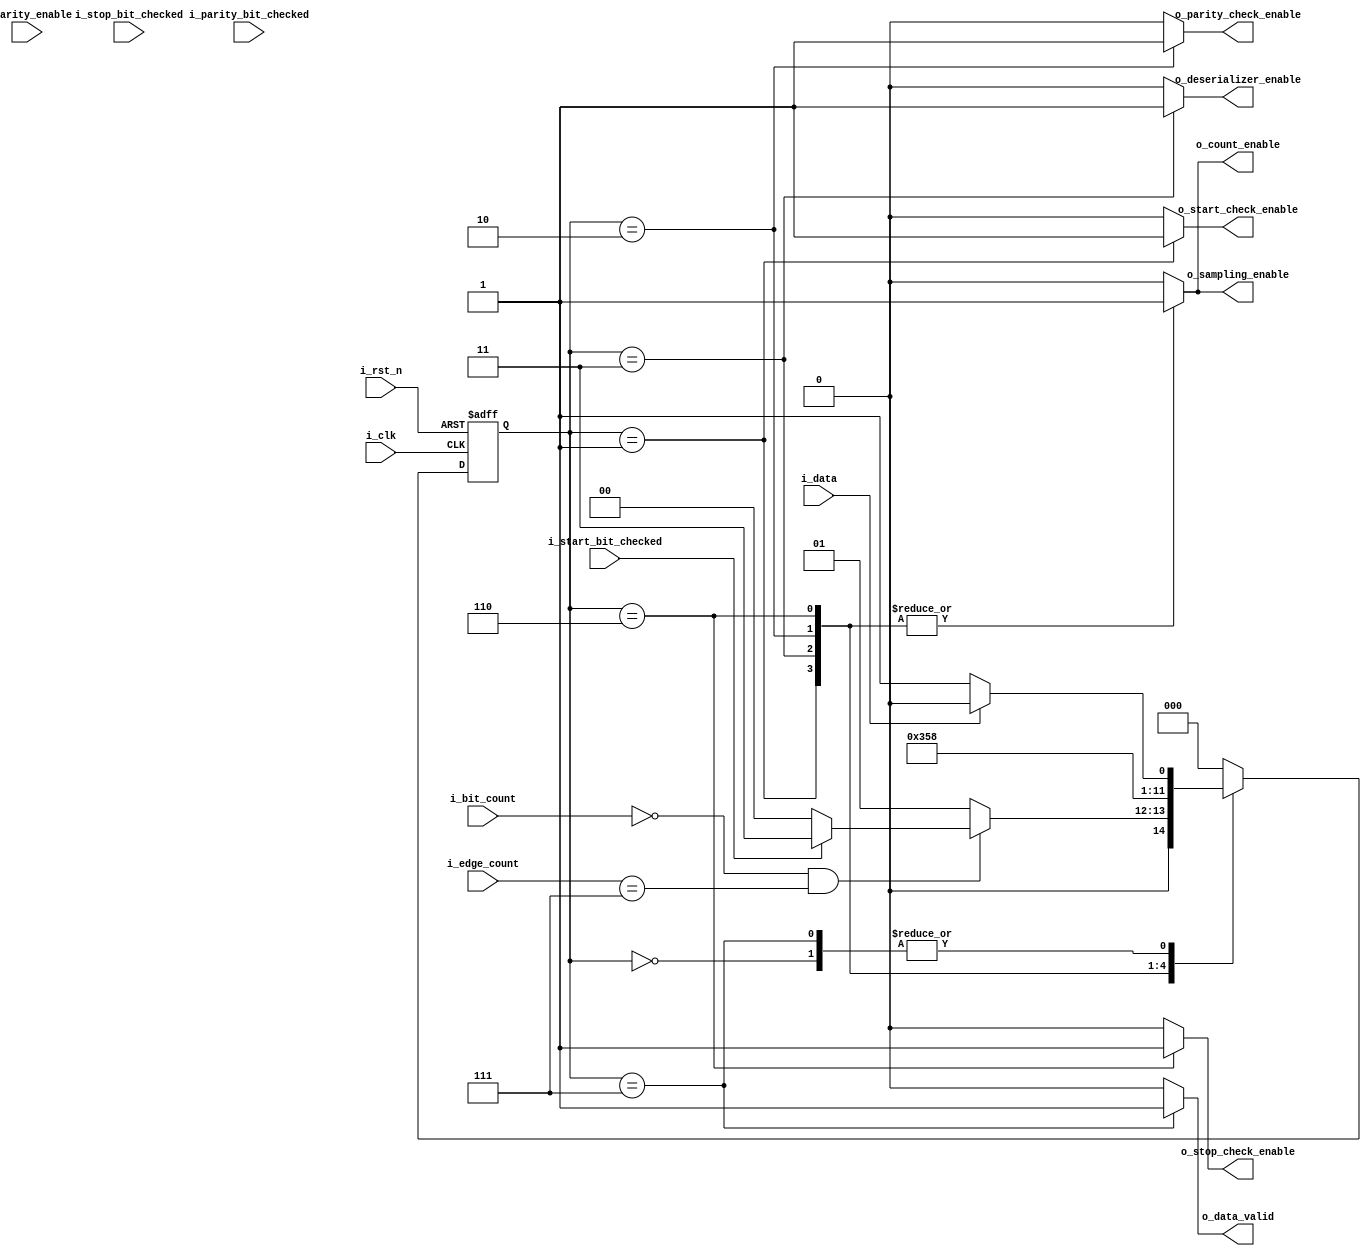
module RX_ControlUnit 
#(parameter PRESCALE =8,
            BYTE_WIDTH=8) 
    
    (
    output  reg                                 o_count_enable,
    output  reg                                 o_deserializer_enable,
    output  reg                                 o_sampling_enable,
    output  reg                                 o_start_check_enable,
    output  reg                                 o_parity_check_enable,
    output  reg                                 o_stop_check_enable,
    output  reg                                 o_data_valid,
    input   wire                                i_start_bit_checked,
    input   wire                                i_stop_bit_checked,
    input   wire                                i_parity_bit_checked,
    input   wire                                i_parity_enable, 
    input   wire    [$clog2(PRESCALE)-1:0]      i_edge_count,
    input   wire    [$clog2(BYTE_WIDTH)-1:0]    i_bit_count,   
    input   wire                                i_data,
    input   wire                                i_clk,
    input   wire                                i_rst_n
    );
    
    reg     [2:0]   current_state;
    reg     [2:0]   next_state;

    //states gray encoding
    localparam  IDLE = 3'b000,
                START_CHECK = 3'b001,
                DATA = 3'b011,
                PARITY_CHECK = 3'b010,
                STOP_CHECK = 3'b110,
                DATA_VALID = 3'b111;
            
    //Current state logic
    always@(posedge i_clk or negedge i_rst_n)
        begin
            if (!i_rst_n)
                current_state<=IDLE;
            else
                current_state<=next_state; 
        end


    //next state logic
    always@(*)
        begin
            case (current_state)
                IDLE : 
                    begin
                        if (!i_data)
                            next_state<=START_CHECK;
                        else
                            next_state<=IDLE; 
                    end

                START_CHECK : 
                    begin
                        if (i_bit_count==0 && i_edge_count==7)
                            begin
                                
                                if (i_start_bit_checked)
                                    next_state<=DATA;
                                else
                                    next_state<=IDLE;
                            end
                        else
                            next_state<=START_CHECK;     
                    end
                            

                DATA : 
                    begin
                        if (i_bit_count==8 && i_edge_count==7)
                            begin
                                
                                if (i_parity_enable)
                                    next_state<=PARITY_CHECK;
                                
                                else
                                    next_state<=STOP_CHECK;
                            end
                        else
                            next_state<=DATA;     
                    end 


                PARITY_CHECK : 
                    begin
                        if (i_bit_count==9 && i_edge_count==7)
                            begin
                                
                                if (i_parity_bit_checked)
                                    next_state<=STOP_CHECK;
                                else
                                    next_state<=IDLE;
                            end
                        else
                            next_state<=PARITY_CHECK;     
                    end


                STOP_CHECK : 
                    begin
                        case (i_parity_enable)
                            1'b1 :
                                begin
                                    if (i_bit_count==10 && i_edge_count==7)
                                        begin
                                            if (i_stop_bit_checked)
                                                next_state<=DATA_VALID;
                                            else
                                                next_state<=IDLE;
                                        end
                                    else
                                        next_state<=STOP_CHECK;
                                end 
                            
                            1'b0 :
                                begin
                                    if (i_bit_count==9 && i_edge_count==7)
                                        begin
                                            if (i_stop_bit_checked)
                                                next_state<=DATA_VALID;
                                            else
                                                next_state<=IDLE;
                                        end
                                    else
                                        next_state<=STOP_CHECK;
                                end
                            
                        endcase     
                    end

                DATA_VALID : 
                    begin

                        if (!i_data)
                            next_state<=START_CHECK;
                        else
                            next_state<=IDLE;
    
                    end                   
                
                default: next_state<=IDLE;
            
            endcase
        
        end

    //Output logic
    always @(*)
        begin

            case (current_state)

                IDLE : 
                    begin
                        o_count_enable=1'b0;
                        o_deserializer_enable=1'b0;
                        o_sampling_enable=1'b0;
                        o_start_check_enable=1'b0;
                        o_parity_check_enable=1'b0;
                        o_stop_check_enable=1'b0;
                        o_data_valid=1'b0;
                    end

                
                START_CHECK : 
                    begin
                        o_count_enable=1'b1;
                        o_deserializer_enable=1'b0;
                        o_sampling_enable=1'b1;
                        o_start_check_enable=1'b1;
                        o_parity_check_enable=1'b0;
                        o_stop_check_enable=1'b0;
                        o_data_valid=1'b0;
                    end


                DATA : 
                    begin
                        o_count_enable=1'b1;
                        o_deserializer_enable=1'b1;
                        o_sampling_enable=1'b1;
                        o_start_check_enable=1'b0;
                        o_parity_check_enable=1'b0;
                        o_stop_check_enable=1'b0;
                        o_data_valid=1'b0;
                    end

                
                PARITY_CHECK : 
                    begin
                        o_count_enable=1'b1;
                        o_deserializer_enable=1'b0;
                        o_sampling_enable=1'b1;
                        o_start_check_enable=1'b0;
                        o_parity_check_enable=1'b1;
                        o_stop_check_enable=1'b0;
                        o_data_valid=1'b0;
                    end


                STOP_CHECK : 
                    begin
                        o_count_enable=1'b1;
                        o_deserializer_enable=1'b0;
                        o_sampling_enable=1'b1;
                        o_start_check_enable=1'b0;
                        o_parity_check_enable=1'b0;
                        o_stop_check_enable=1'b1;
                        o_data_valid=1'b0;
                    end

                
                DATA_VALID : 
                    begin
                        o_count_enable=1'b0;
                        o_deserializer_enable=1'b0;
                        o_sampling_enable=1'b0;
                        o_start_check_enable=1'b0;
                        o_parity_check_enable=1'b0;
                        o_stop_check_enable=1'b0;
                        o_data_valid=1'b1;
                    end


                default: 
                    begin
                        o_count_enable=1'b0;
                        o_deserializer_enable=1'b0;
                        o_sampling_enable=1'b0;
                        o_start_check_enable=1'b0;
                        o_parity_check_enable=1'b0;
                        o_stop_check_enable=1'b0;
                        o_data_valid=1'b0;
                    end
            endcase
        end
endmodule